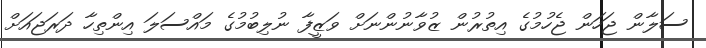
ސަލާން ޖަހަން ޖެހުމުގެ އިތުރުން ޒުވާނުންނަށް ވަޒީފާ ނުލިބުމުގެ މައްސަލަ އިންތިހާ ދަރަޖައަށް